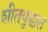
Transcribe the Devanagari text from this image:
शीतयुद्धात